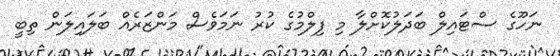
ނަހޫގެ ސްޓައިލް ބަދަލުކޮށްލާ މި ފިލްމުގެ ކުރު ނަމަވެސް މަންޒަރެއް ބަލައިލަން ތިބީ